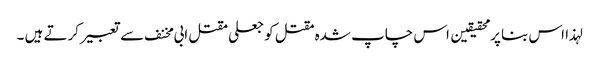
لہذا اس بنا پر محقیقین اس چاپ شدہ مقتل کو جعلی مقتل ابی مخنف سے تعبیر کرتے ہیں ۔